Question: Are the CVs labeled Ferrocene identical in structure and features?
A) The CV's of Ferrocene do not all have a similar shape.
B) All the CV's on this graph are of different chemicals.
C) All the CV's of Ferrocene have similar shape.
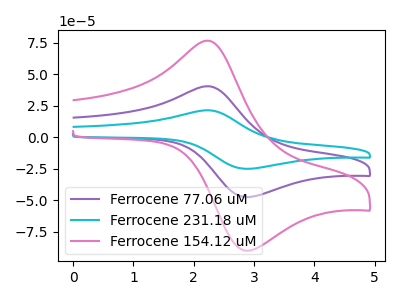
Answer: <think>The purple curve "Ferrocene 77.06 uM" has an anodic peak at (2.25V, 40.45uA) and a cathodic peak at (2.90V, -47.65uA). The cyan curve "Ferrocene 231.18 uM" has an anodic peak at (2.25V, 80.85uA) and a cathodic peak at (2.90V, -95.30uA). The pink curve "Ferrocene 154.12 uM" has an anodic peak at (2.25V, 76.60uA) and a cathodic peak at (2.90V, -90.25uA).
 All the peaks in "Ferrocene 77.06 uM" have a peak in "Ferrocene 231.18 uM" at the same potential. Every peak in "Ferrocene 77.06 uM" is lower than every peak in "Ferrocene 231.18 uM". All the peaks in "Ferrocene 77.06 uM" have a peak in "Ferrocene 154.12 uM" at the same potential. Every peak in "Ferrocene 77.06 uM" is lower than every peak in "Ferrocene 154.12 uM". All the peaks in "Ferrocene 231.18 uM" have a peak in "Ferrocene 154.12 uM" at the same potential. Every peak in "Ferrocene 231.18 uM" is higher than every peak in "Ferrocene 154.12 uM".</think>
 <answer>C) All the CV's of "Ferrocene" have similar shape.</answer>
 <eval>C</eval>